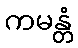
ကမန္တံ